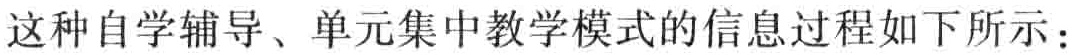
这种自学辅导、单元集中教学模式的信息过程如下所示：